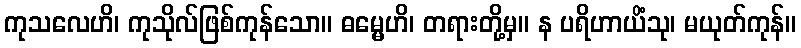
ကုသလေဟိ၊ ကုသိုလ်ဖြစ်ကုန်သော။ ဓမ္မေဟိ၊ တရားတို့မှ။ န ပရိဟာယိံသု၊ မယုတ်ကုန်။